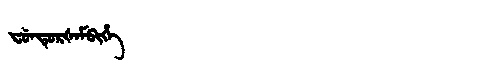
Manchu: ᠸᡠᠨᡨᡠᡵᡧᠠᠮᠪᡳᡥᡝ
Romanization: FUNTURŠAMBIHE